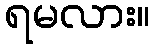
ရမလား။